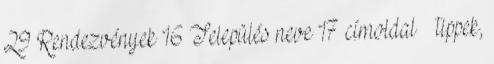
29 Rendezvények 16 Település neve 17 címoldal tippek,